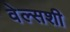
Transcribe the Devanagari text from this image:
वेल्सशी